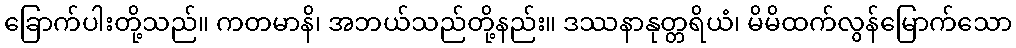
ခြောက်ပါးတို့သည်။ ကတမာနိ၊ အဘယ်သည်တို့နည်း။ ဒဿနာနုတ္တရိယံ၊ မိမိထက်လွန်မြောက်သော